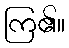
ကြ၏။